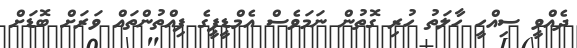
ދެއްވީ ސިއްހީ ހާލަތު ހުރި ގޮތުން ނަމަވެސް އެމްޑީޕީގެ ފިއްތުންތައް ވަރަށް ބޮޑަށް